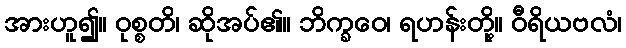
အားဟူ၍။ ဝုစ္စတိ၊ ဆိုအပ်၏။ ဘိက္ခဝေ၊ ရဟန်းတို့။ ဝီရိယဗလံ၊